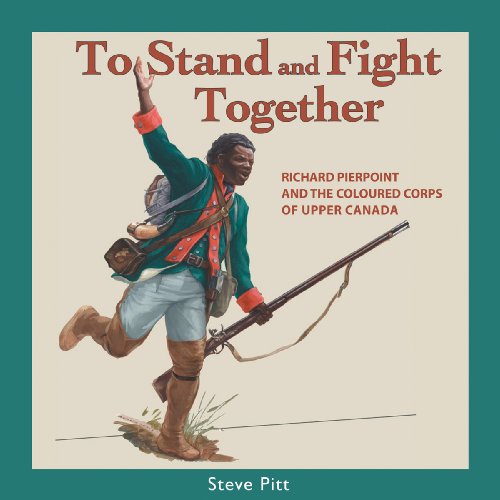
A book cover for To Stand and Fight Together: Richard Pierpoint and the Coloured Corps of Upper Canada (Canadians at War); Steve Pitt; Biographies & Memoirs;